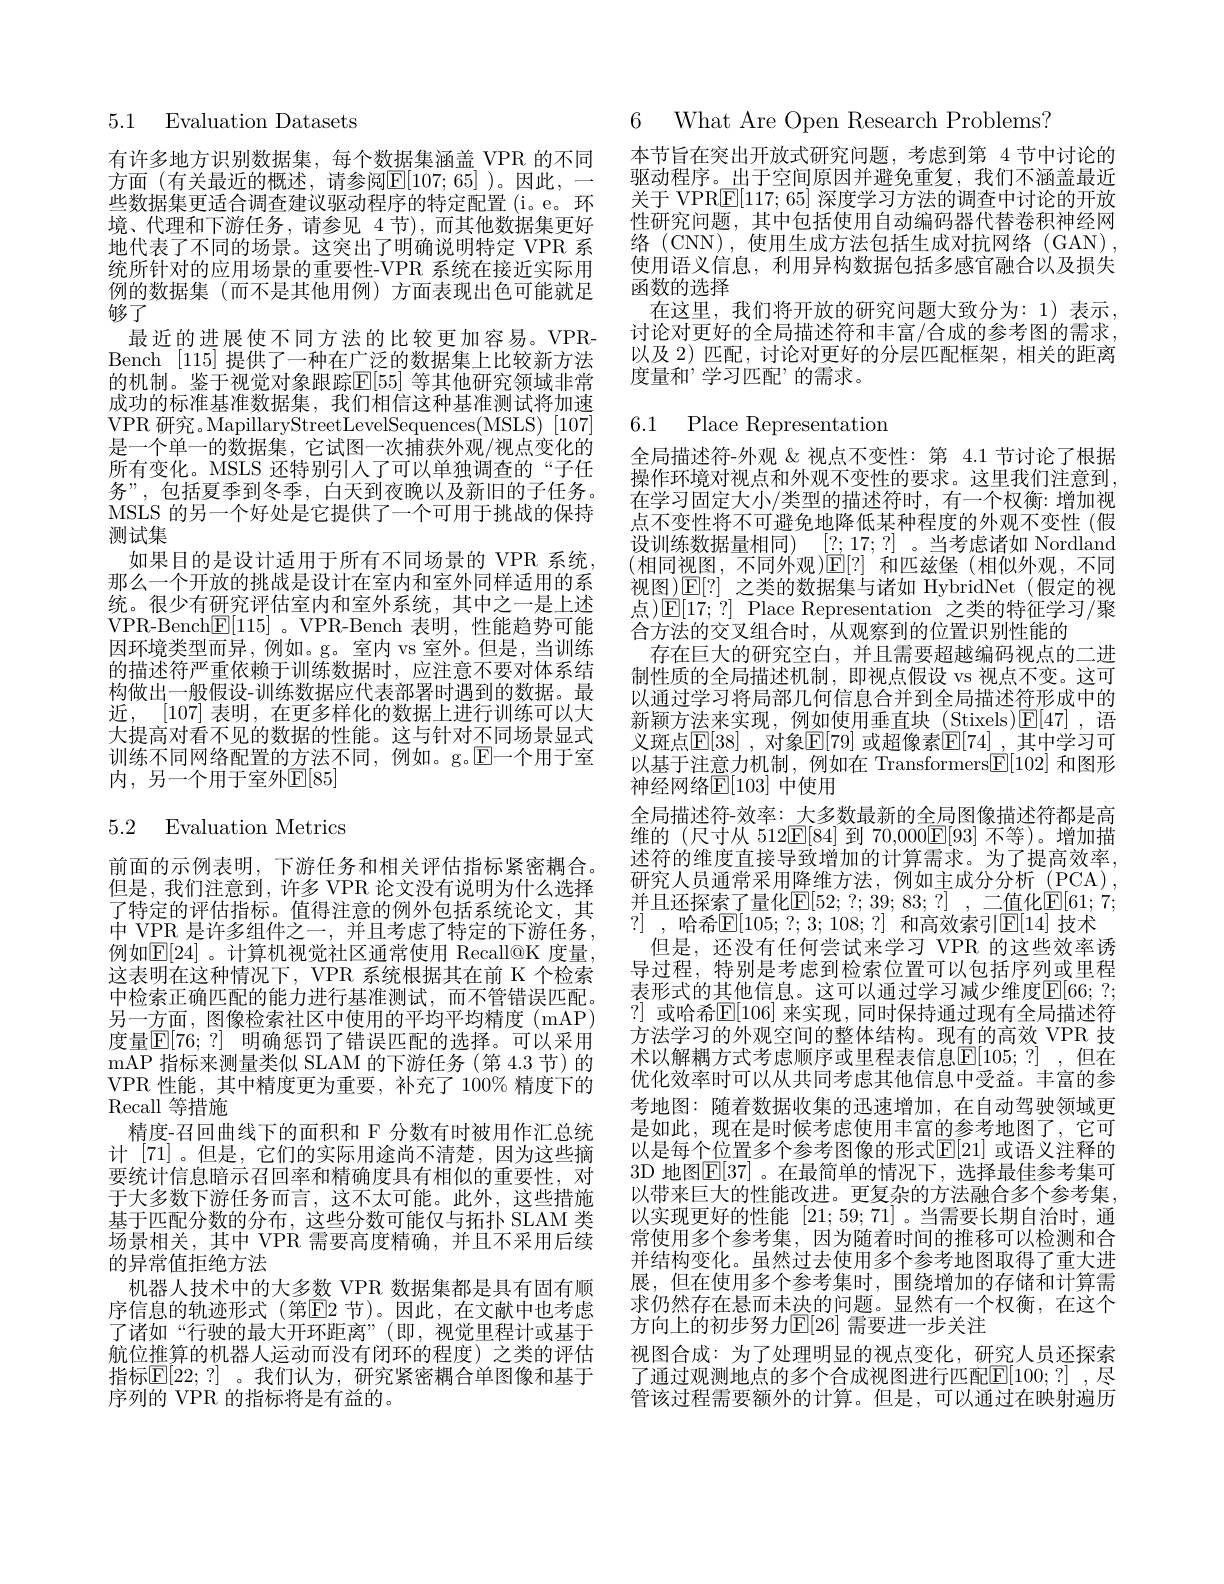
# 5.1 Evaluation Datasets

有许多地方识别数据集，每个数据集涵盖 VPR 的不同方面(有关最近的概述，请参阅$\mathbb{E}[107;65]$)。因此，一些数据集更适合调查建议驱动程序的特定配置(i。e。环境、代理和下游任务，请参见 4节),而其他数据集更好地代表了不同的场景。这突出了明确说明特定 VPR 系统所针对的应用场景的重要性-VPR 系统在接近实际用例的数据集 (而不是其他用例) 方面表现出色可能就足够了
最近的进展使不同方法的比较更加容易。VPRBench $\lfloor115\rfloor$提供了一种在广泛的数据集上比较新方法的机制。鉴于视觉对象跟踪$\mathbb{E}[55]$ 等其他研究领域非常成功的标准基准数据集，我们相信这种基准测试将加速VPR 研究。MapillaryStreetLevelSequences(MSLS)~[107] 是一个单一的数据集，它试图一次捕获外观/视点变化的所有变化。MSLS 还特别引人了可以单独调查的“子任务”,包括夏季到冬季，白天到夜晚以及新旧的子任务。MSLS 的另一个好处是它提供了一个可用于挑战的保持测试集
如果目的是设计适用于所有不同场景的 VPR 系统那么一个开放的挑战是设计在室内和室外同样适用的系统。很少有研究评估室内和室外系统，其中之一是上述VPR-Bench$\boxed{\mathrm{F}}[115]$。VPR-Bench 表明，性能趋势可能因环境类型而异，例如。g。室内 vs 室外。但是，当训练的描述符严重依赖于训练数据时，应注意不要对体系结构做出一般假设-训练数据应代表部署时遇到的数据。最近，[107] 表明，在更多样化的数据上进行训练可以大大提高对看不见的数据的性能。这与针对不同场景显式训练不同网络配置的方法不同，例如。g。$\mathbb{E}$一个用于室内，另一个用于室外$\mathbb{E}[85]$

# 5.2 Evaluation Metrics

前面的示例表明，下游任务和相关评估指标紧密耦合。但是，我们注意到，许多 VPR 论文没有说明为什么选择了特定的评估指标。值得注意的例外包括系统论文，其中 VPR 是许多组件之一，并且考虑了特定的下游任务， 例如$\mathbb{E}[24]$ 。计算机视觉社区通常使用 Recall@K 度量， 这表明在这种情况下，VPR 系统根据其在前 K 个检索中检索正确匹配的能力进行基准测试，而不管错误匹配。另一方面，图像检索社区中使用的平均平均精度 (mAP) 度量$\mathbb{E} [ 76; ? ]$ 明确惩罚了错误匹配的选择。可以采用mAP 指标来测量类似 SLAM 的下游任务(第 4.3 节)的VPR 性能，其中精度更为重要，补充了 100% 精度下的Recall 等措施
精度-召回曲线下的面积和 F 分数有时被用作汇总统计[71]。但是，它们的实际用途尚不清楚，因为这些摘要统计信息暗示召回率和精确度具有相似的重要性，对于大多数下游任务而言，这不太可能。此外，这些措施基于匹配分数的分布，这些分数可能仅与拓扑 SLAM 类场景相关，其中 VPR 需要高度精确，并且不采用后续的异常值拒绝方法
机器人技术中的大多数 VPR 数据集都是具有固有顺序信息的轨迹形式(第$\overline{\mathrm{E}}$2节)。因此，在文献中也考虑了诸如“行驶的最大开环距离”(即，视觉里程计或基于航位推算的机器人运动而没有闭环的程度)之类的评估指标$\mathbb{E}[22;?]$ 。我们认为，研究紧密耦合单图像和基于序列的 VPR 的指标将是有益的。

6 What Are Open Research Problems?

本节旨在突出开放式研究问题，考虑到第 4 节中讨论的驱动程序。出于空间原因并避免重复，我们不涵盖最近关于 VPR$\underline{\mathrm{E}}[117;65]$深度学习方法的调查中讨论的开放性研究问题，其中包括使用自动编码器代替卷积神经网络 (CNN),使用生成方法包括生成对抗网络 (GAN) , 使用语义信息，利用异构数据包括多感官融合以及损失函数的选择
在这里，我们将开放的研究问题大致分为：1)表示。讨论对更好的全局描述符和丰富/合成的参考图的需求以及 2) 匹配，讨论对更好的分层匹配框架，相关的距离度量和’学习匹配’的需求。

6.1 Place Representation

全局描述符-外观 &视点不变性：第 4.1 节讨论了根据操作环境对视点和外观不变性的要求。这里我们注意到， 在学习固定大小/类型的描述符时，有一个权衡：增加视点不变性将不可避免地降低某种程度的外观不变性(假设训练数据量相同) [2;17;?] 。当考虑诸如 Nordland (相同视图，不同外观)$\mathbb{E}[?]$ 和匹兹堡(相似外观，不同视图)$\operatorname{E}[?]$之类的数据集与诸如 HybridNet (假定的视点)$\mathbb{E}[17;?]$ Place Representation 之类的特征学习/聚合方法的交叉组合时，从观察到的位置识别性能的
存在巨大的研究空白，并且需要超越编码视点的二进制性质的全局描述机制，即视点假设 vs 视点不变。这可以通过学习将局部几何信息合并到全局描述符形成中的新颖方法来实现，例如使用垂直块(Stixels)$\mathbb{E}[47]$,语义斑点$\mathbb{E} [ 38]$ , 对象$\mathbb{E} [ 79]$ 或超像素$\mathbb{E} [ 74]$ ,其中学习可以基于注意力机制，例如在 Transformers$\underline{\mathrm{F}}[102]$和图形神经网络$\mathbb{E}[103]$ 中使用
全局描述符-效率：大多数最新的全局图像描述符都是高维的 (尺寸从 512E[84]到 70,000E[93]不等)。增加描述符的维度直接导致增加的计算需求。为了提高效率， 研究人员通常采用降维方法，例如主成分分析(PCA), 并且还探索了量化$\mathbb{E}[52;?;39;83;?]$,二值化$\mathbb{E}[61;7;$ ?] , 哈希$\overline {\mathbb{E} }[ 105;$ ?; 3; 108; ?] 和高效索引$\mathbb{E}[14]$ 技术
但是，还没有任何尝试来学习 VPR 的这些效率诱导过程，特别是考虑到检索位置可以包括序列或里程表形式的其他信息。这可以通过学习减少维度$\mathbb{E} [ 66;$ ? ; ?] 或哈希$\mathbb{E}[106]$ 来实现，同时保持通过现有全局描述符方法学习的外观空间的整体结构。现有的高效 VPR 技术以解耦方式考虑顺序或里程表信息$\overline {\mathbb{E} }[ 105; ? ]$ ,但在优化效率时可以从共同考虑其他信息中受益。丰富的参考地图：随着数据收集的迅速增加，在自动驾驶领域更是如此，现在是时候考虑使用丰富的参考地图了，它可以是每个位置多个参考图像的形式$\mathbb{E}[21]$ 或语义注释的3D 地图$\mathbb{E}[37]$。在最简单的情况下，选择最佳参考集可以带来巨大的性能改进。更复杂的方法融合多个参考集， 以实现更好的性能[21;59;71] 。当需要长期自治时，通常使用多个参考集，因为随着时间的推移可以检测和合并结构变化。虽然过去使用多个参考地图取得了重大进展，但在使用多个参考集时，围绕增加的存储和计算需求仍然存在悬而未决的问题。显然有一个权衡，在这个方向上的初步努力$\mathbb{E}[26]$ 需要进一步关注
视图合成：为了处理明显的视点变化，研究人员还探索了通过观测地点的多个合成视图进行匹配$\overline{\mathrm{E}}[100;?]$,尽管该过程需要额外的计算。但是，可以通过在映射遍历